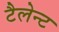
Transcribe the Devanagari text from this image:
टैलेन्ट